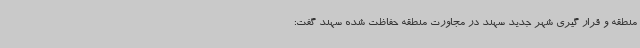
منطقه و قرار گیری شهر جدید سهند در مجاورت منطقه حفاظت شده سهند گفت: